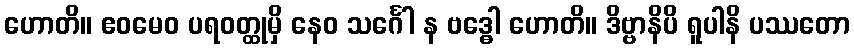
ဟောတိ။ ဧဝမေဝ ပရဝတ္ထုမှိ နေဝ သင်္ဂေါ န ဗဒ္ဓေါ ဟောတိ။ ဒိဗ္ဗာနိပိ ရူပါနိ ပဿတော